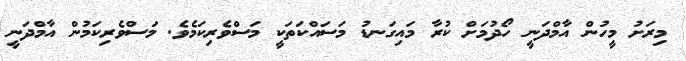
މިރަށު މީހުން އާމްދަނީ ހޯދުމަށް ކުރާ މައިގަނޑު މަސައްކަތަކީ މަސްވެރިކަމެވެ. މަސްވެރިކަމުން އާމްދަނީ